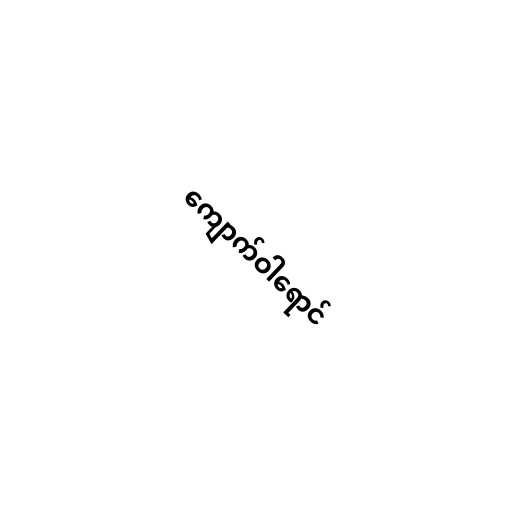
ကျောက်ဝါရောင်